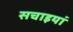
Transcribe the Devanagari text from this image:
सचाइयां